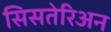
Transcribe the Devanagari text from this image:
सिसतेरिअन